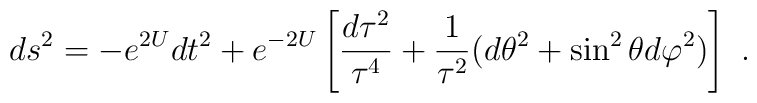
ds^2 = - e^{2U} dt^2 + e^{-2U} \left[{d\tau^2 \over \tau^4}+ {1\over \tau^2}(d \theta ^2 +  \sin^2 \theta d \varphi ^2)\right]  \ .